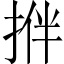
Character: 𢭬